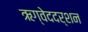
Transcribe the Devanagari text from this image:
ऋग्वेददर्शन